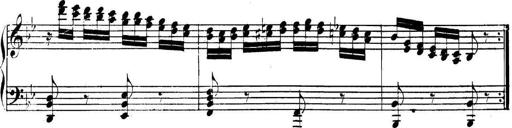
Title: Collected Piano Sonatas
Composer: Muzio Clementi